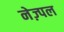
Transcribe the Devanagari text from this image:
नेज़्पल